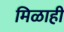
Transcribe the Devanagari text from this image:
मिळाही